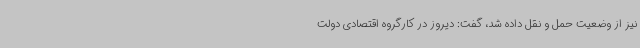
نیز از وضعیت حمل و نقل داده شد، گفت: دیروز در کارگروه اقتصادی دولت